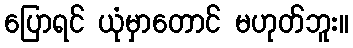
ပြောရင် ယုံမှာတောင် မဟုတ်ဘူး။